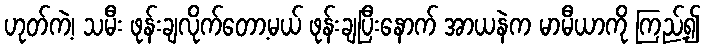
ဟုတ်ကဲ့၊ သမီး ဖုန်းချလိုက်တော့မယ် ဖုန်းချပြီးနောက် အာယနဲက မာမီယာကို ကြည့်၍